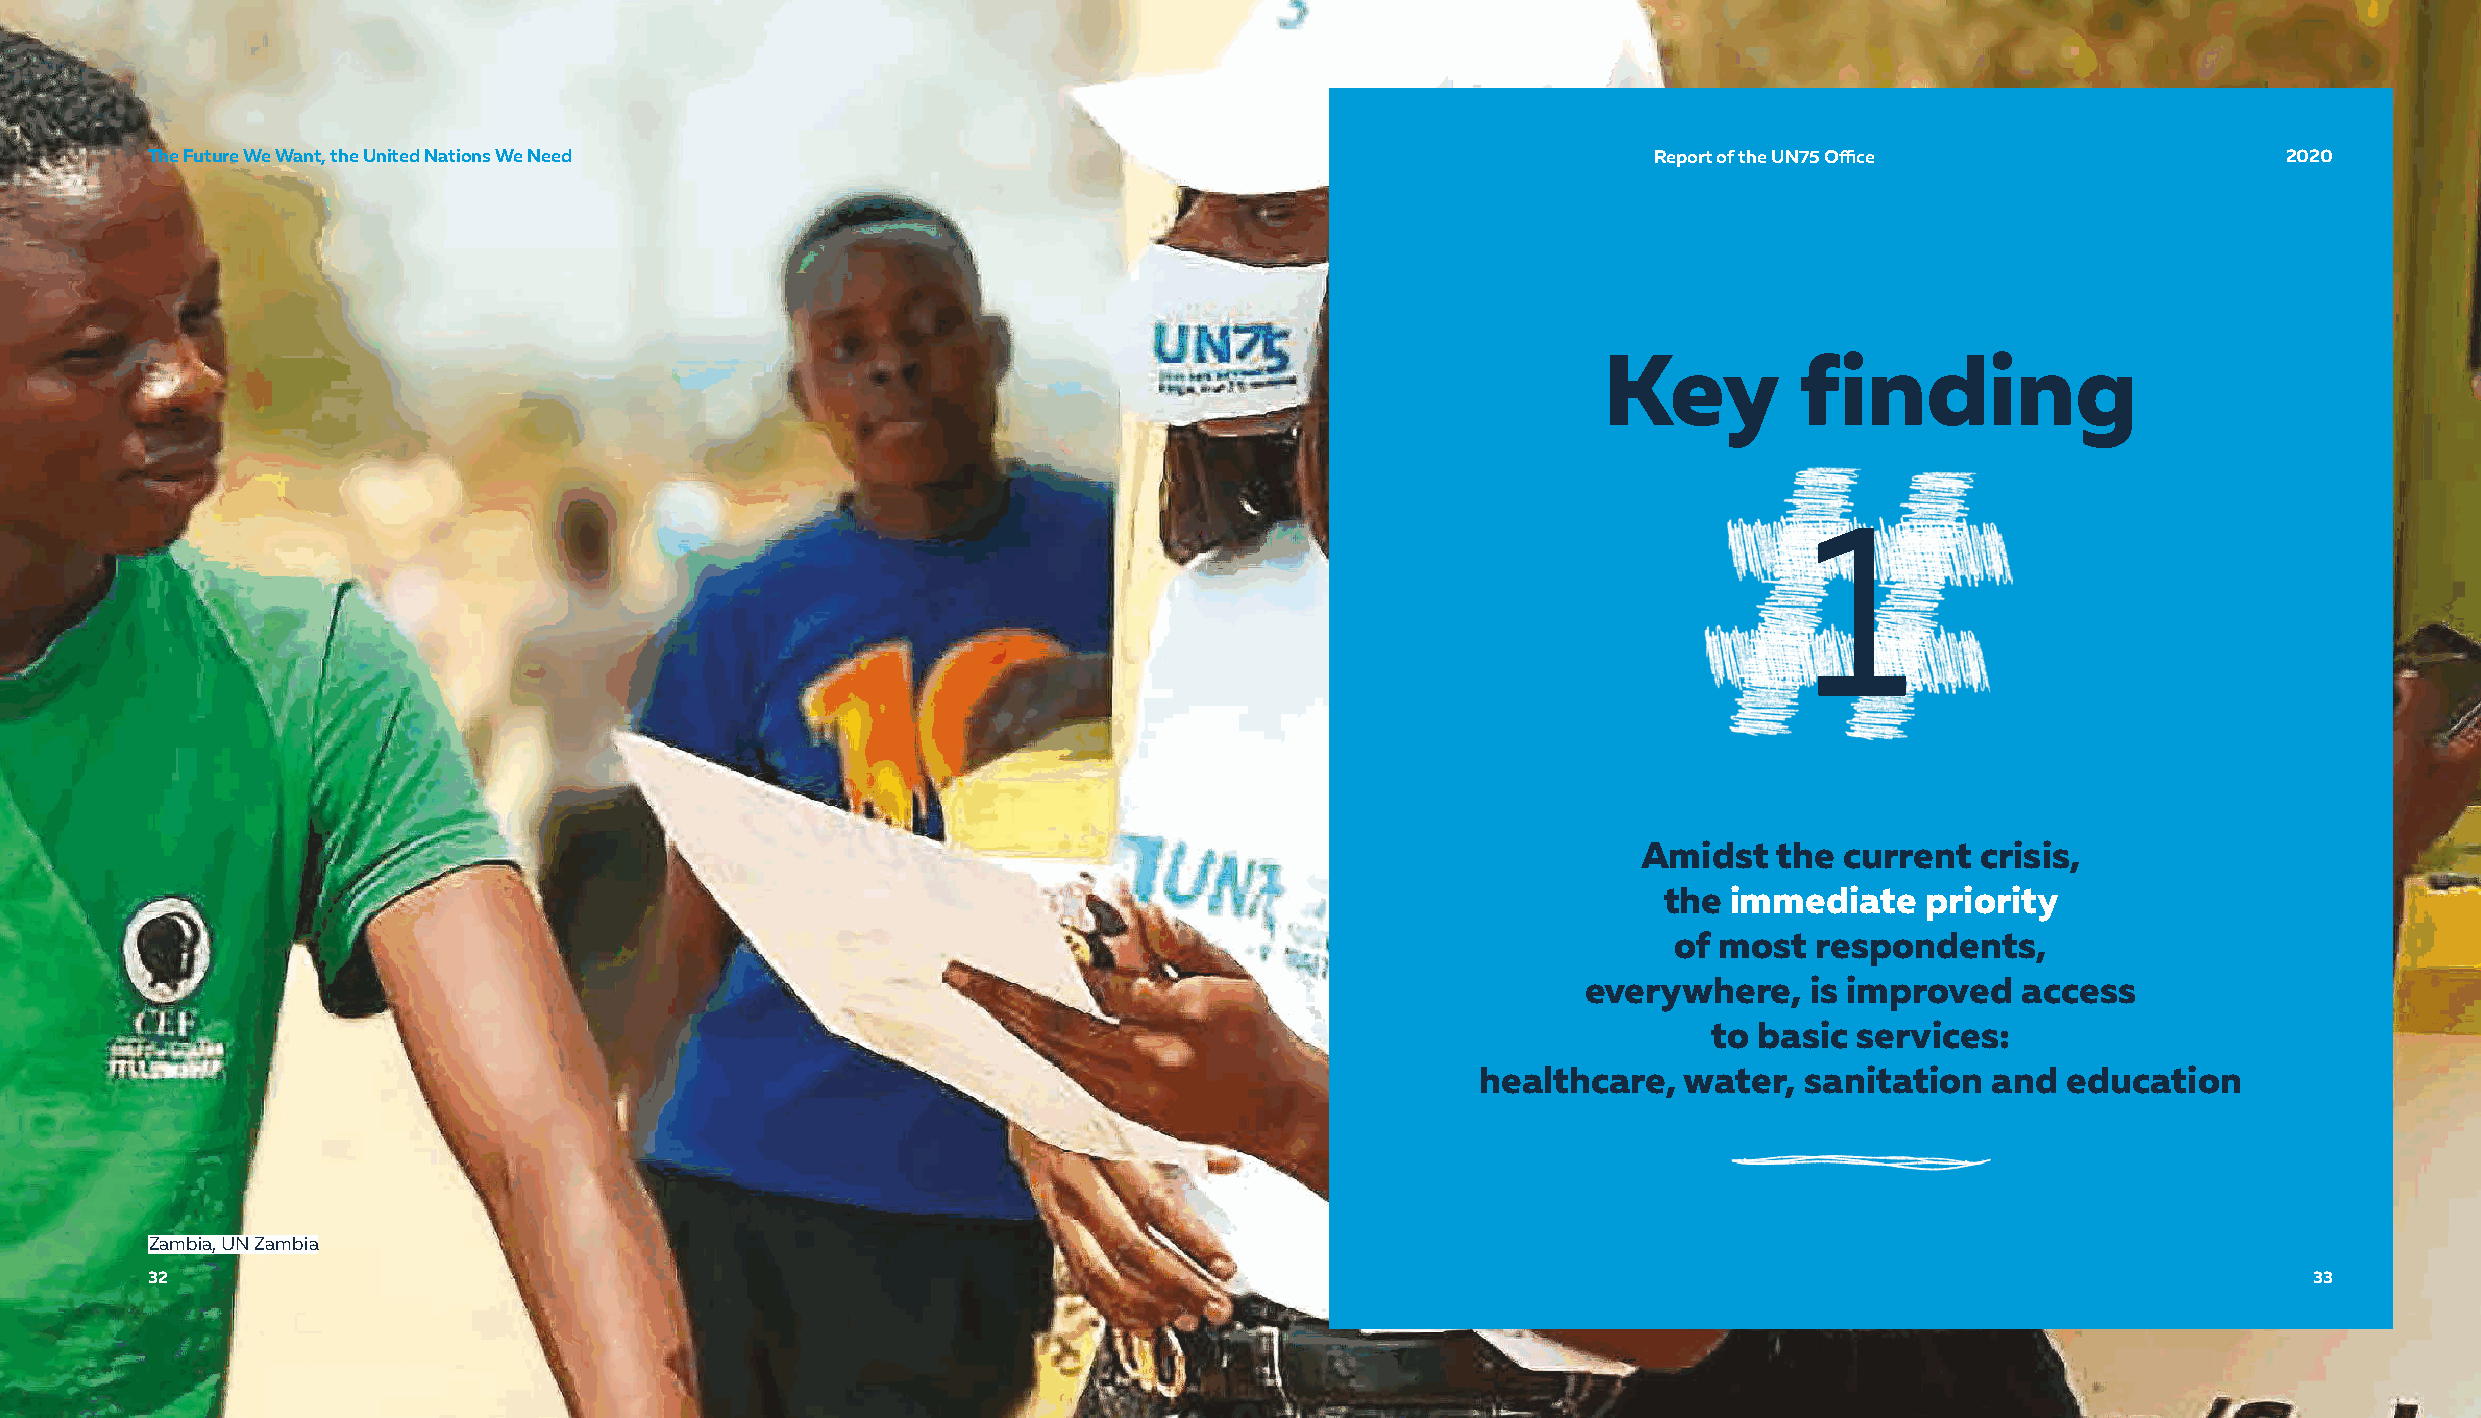
TThhee FFuuttuurree WWee WWaanntt,, tthhee UUnniitteedd NNaattiioonnss WWee NNeeeedd               RReeppoorrtt ooff tthhee UUNN7755 OOffifficcee 22002200
 Key          finding
 1
 Amidst   the current  crisis,
 the  immediate   priority
 of most  respondents,
 everywhere,    is improved   access
 to basic  services:
 healthcare,  water,  sanitation   and  education
 Zambia, UN Zambia
 32                                                                                                                                             3333